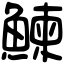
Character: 鰊